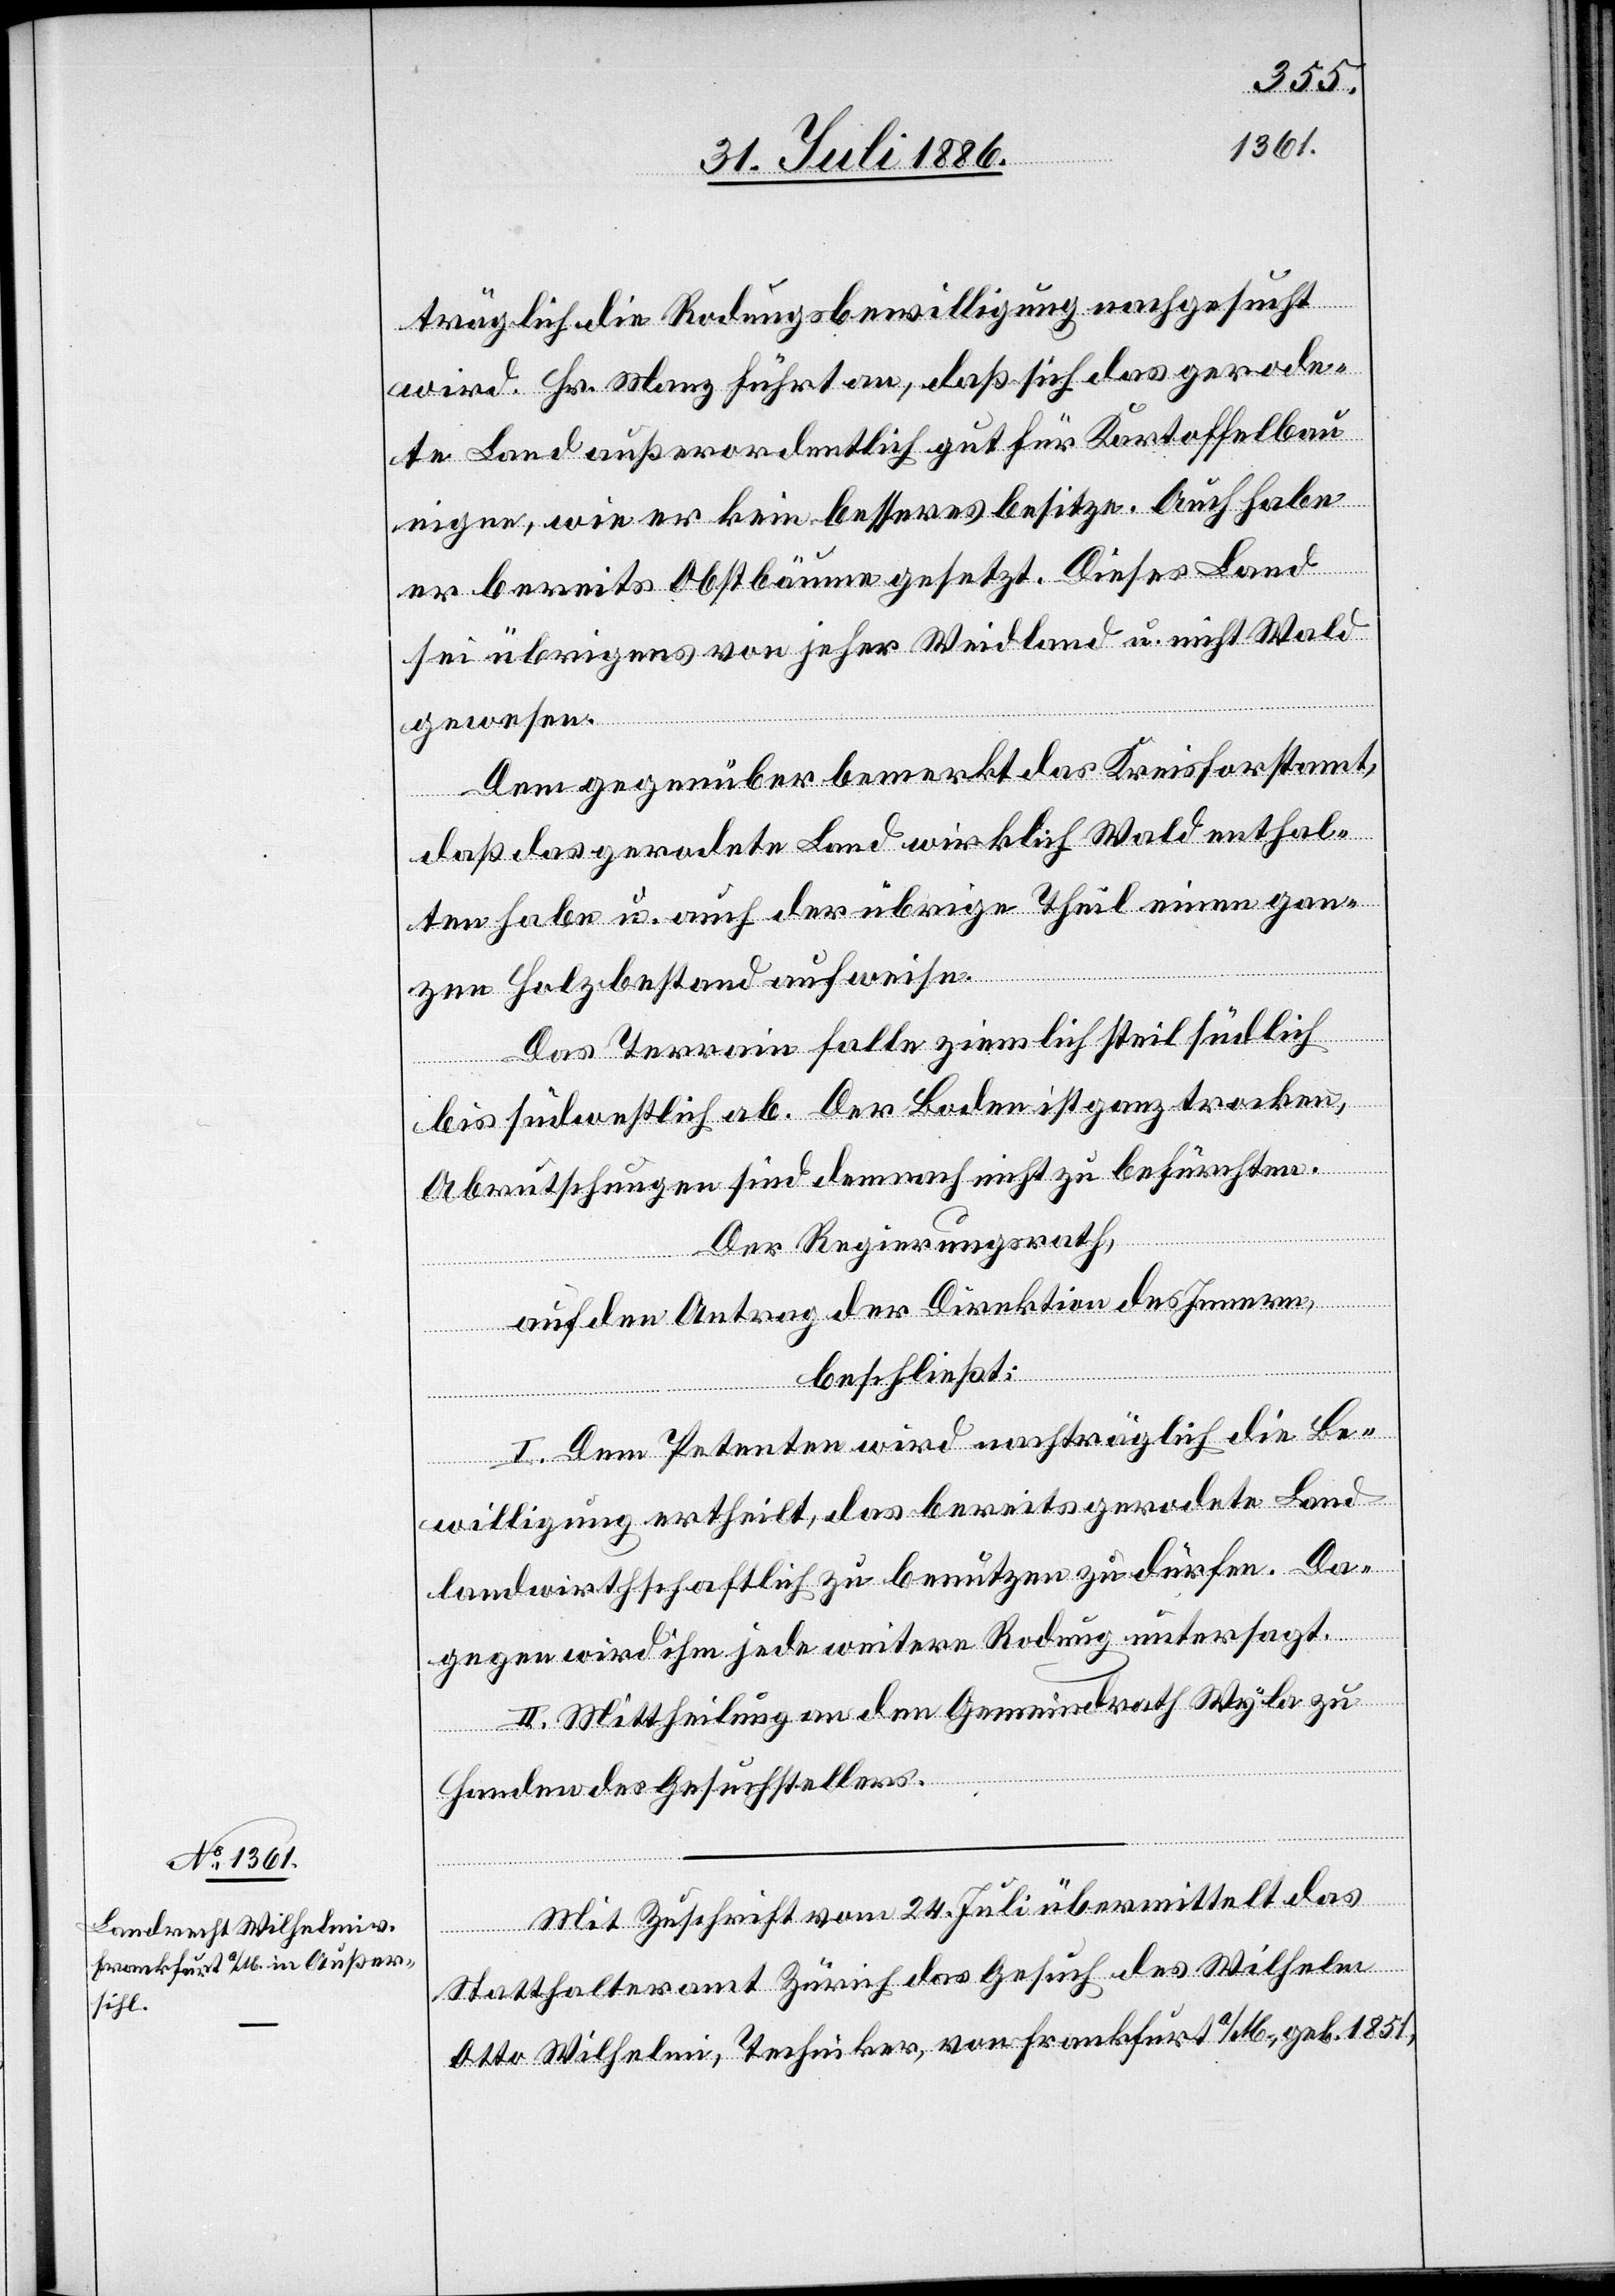
träglich die Rodungsbewilligung nachgesucht
wird. Hr. Manz führt an, daß sich das gerode¬
te Land außerordentlich gut für Kartoffelbau
eigne, wie er kein besseres besitze. Auch habe
er bereits Obstbäume gesetzt. Dieses Land
sei übrigens von jeher Weidland u. nicht Wald
gewesen.
Dem gegenüber bemerkt das Kreisforstamt,
daß das gerodete Land wirklich Wald enthal¬
ten habe u. auch der übrige Theil einen gan¬
zen Holzbestand aufweise.
Das Terrain falle ziemlich steil südlich
bis südwestlich ab. Der Boden ist ganz trocken,
Abrutschungen sind demnach nicht zu befürchten.
Der Regierungsrath,
auf den Antrag der Direktion des Innern,
beschließt:
I. Dem Petenten wird nachträglich die Be¬
willigung ertheilt, das bereits gerodete Land
landwirthschaftlich zu [sic!] benutzen zu dürfen. Da¬
gegen wird ihm jede weitere Rodung untersagt.
II. Mittheilung an den Gemeindrath Wyla zu
Handen des Gesuchstellers.
Mit Zuschrift vom 24. Juli übermittelt das
Statthalteramt Zürich das Gesuch des Wilhelm
Otto Wilhelmi, Techniker, von Frankfurt a/M., geb. 1851,